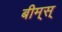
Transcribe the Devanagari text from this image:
बीम्‌स्‌